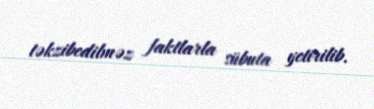
təkzibedilməz faktlarla sübuta yetirilib.